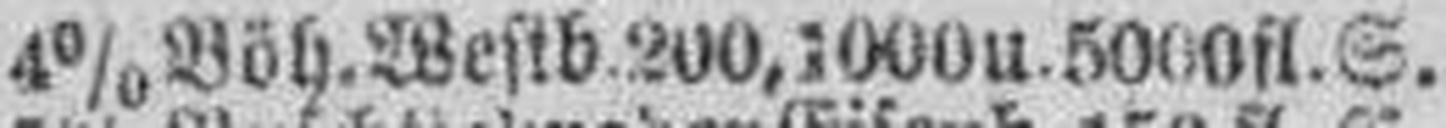
4% Böh. Weslb. 200, 1000 u. 5000 fl. S.